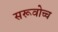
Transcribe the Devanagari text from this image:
सरूवोच्च